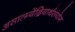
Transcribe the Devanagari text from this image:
असात्म्येंद्रियार्थसंयोग